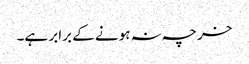
خرچہ نہ ہونے کے برابر ہے۔